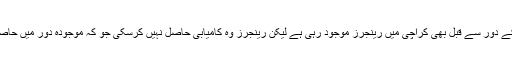
جنرل راحیل کے دور سے قبل بھی کراچی میں رینجرز موجود رہی ہے لیکن رینجرز وہ کامیابی حاصل نہیں کرسکی جو کہ موجودہ دور میں حاصل کررہی ہے۔